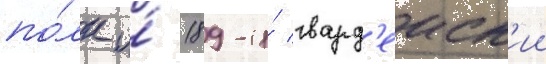
по́лк и́ 189-и́ гвард'еиск'ии